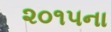
૨૦૧૫ના